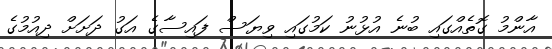
އާންމު ގޮތެއްގައި ބުނެ އުޅުނު ކަމުގައި ވިޔަސް ފައިސާގެ އަގު ދަށަށް ދިއުމުގެ